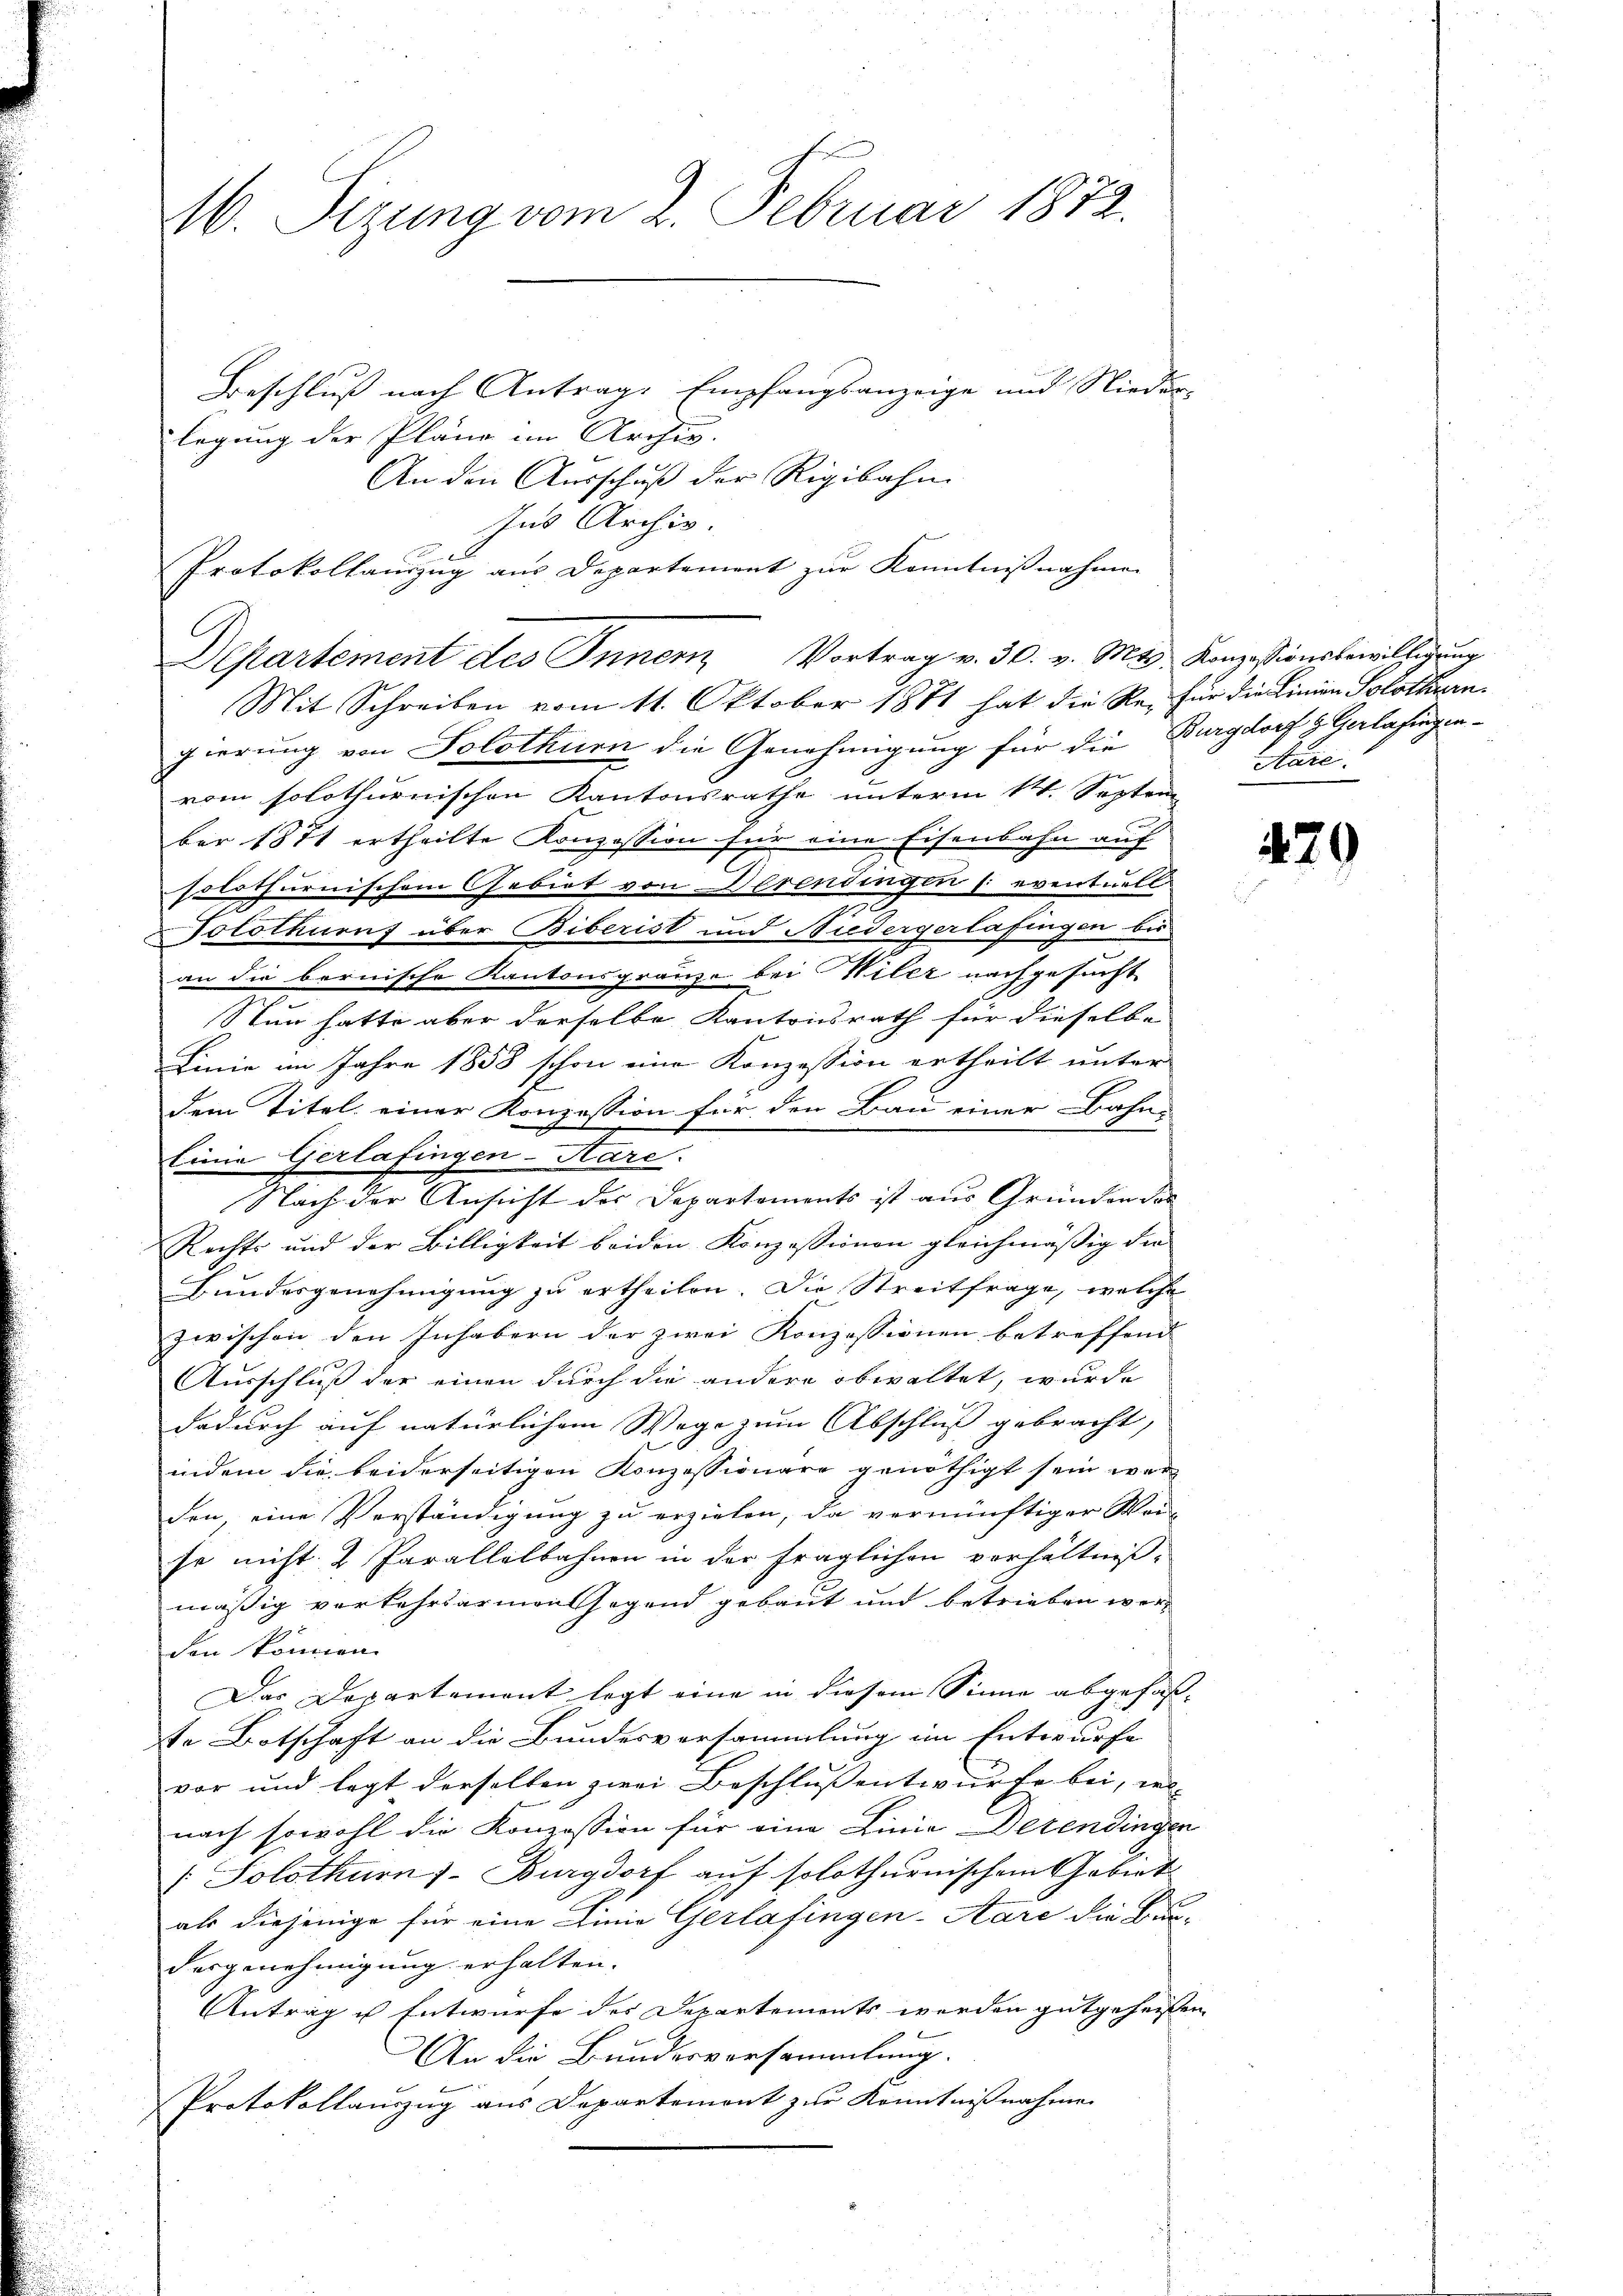
M. Sizung vom 2. Februar 1872.
Beschluß nach Antrage Empfangsanzeige und Nieder-

legung der Pläne im Archiv.
An den Ausschuß der Rigibahn
Ins Archiv.
Protokollauszug aus Departement zur Kenntnißnahmen
Departement des Inner Vortrag v. 30. v. Mts. Konzessionsbewilligung
Mit Schreiben vom 11. Oktober 1881 hat die Re-für die Linien Solothurn
gierung von Solothurn die Genehmigung für die Burgdorf & Gerlafingen-
vom solothurnischen Kantonsrathe unterm 14. Septem
ber 1871 ertheilte Konzession für eine Eisenbahn auf
solothurnischem Gebiet von Derentingen (eventuell
2
Tolothurnf über Biberist und Niedergerlafingen bis
an die bernische Kantonsgränze bei Nillt nachgesucht
s
Stan hatte aber derselbe Kantonsrath für dieselbe
Linie im Jahre 1858 schon eine Konzession ertheilt unter
dem Titel einer Konzession für den Bau einer Bahn-
Einie Gerlafingen-Kare.
Nach der Ansicht der Departements ist aus Gründen das
Rechts und der Billigkeit beiden Konzessionen gleichmässig die
Bundesgenehmigung zu ertheilen. Die Streitfrage, welche
zwischen den Inhabern der zwei Konzessionen betreffend
Ausschluß der einen durch die andere obwaltet, wurde
dadurch auf natürlichem Wege zum Abschluß gebracht,
indem die beiderseitigen Konzessionäre genöthigt sein wer
den, eine Verständigung zu erzielen, da vernünftiger Wei-
se nicht. 2 Parallelbahnen in der fraglichen verhältnißmäßig verkehrsarmen sagend gebaut und betrieben werden können.
Das Departement legt eine in diesem Sinne abgefaßte Botschaft an die Bundesversammlung im Entwurfe
vor und legt derselben zwei Beschluß entwurfe bei, er-
nach sowohl die Konzession für eine Linie Derendingen
[ Solothurn s. Burgdorf auf solothurnischem Gebiet
als diejenige für eine Linie Gerlafingen-Aare die Bun
dergenehmigung erhalten.
Antrag in Entwurfe des Departements werden gutgeheis
An die Bundesversammlung.
Protokollauszug aus Departemont zur Kenntnißnahmen

Aare.

479